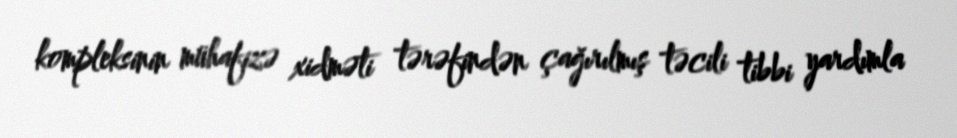
kompleksinin mühafizə xidməti tərəfindən çağırılmış təcili tibbi yardımla